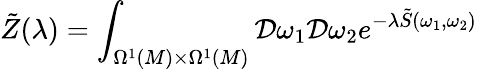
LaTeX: \tilde{Z}(\lambda)=\int_{\Omega^{1}(M)\times\Omega^{1}(M)}{\cal D}\omega_{1}{\cal D}\omega_{2}e^{-\lambda\tilde{S}(\omega_{1},\omega_{2})}